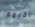
الخيمة